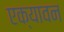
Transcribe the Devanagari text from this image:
एक्यावन